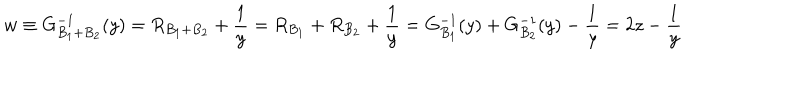
w \equiv G _ { B _ { 1 } + B _ { 2 } } ^ { - 1 } ( y ) = R _ { B _ { 1 } + B _ { 2 } } + \frac { 1 } { y } = R _ { B _ { 1 } } + R _ { B _ { 2 } } + \frac { 1 } { y } = G _ { B _ { 1 } } ^ { - 1 } ( y ) + G _ { B _ { 2 } } ^ { - 1 } ( y ) - \frac { 1 } { y } = 2 z - \frac { 1 } { y }